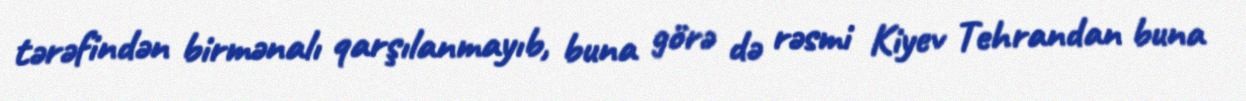
tərəfindən birmənalı qarşılanmayıb, buna görə də rəsmi Kiyev Tehrandan buna